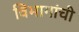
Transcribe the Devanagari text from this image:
विभागांंची